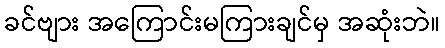
ခင်ဗျား အကြောင်းမကြားချင်မှ အဆုံးဘဲ။